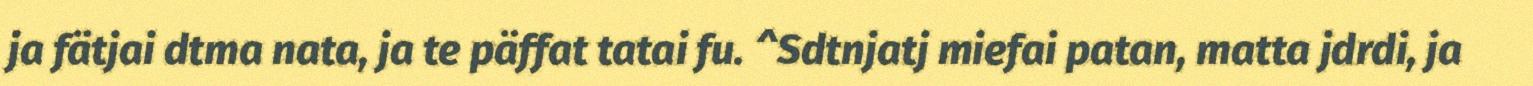
ja fätjai dtma nata, ja te päffat tatai fu. ^Sdtnjatj miefai patan, matta jdrdi, ja